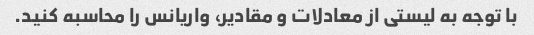
با توجه به لیستی از معادلات و مقادیر، واریانس را محاسبه کنید.